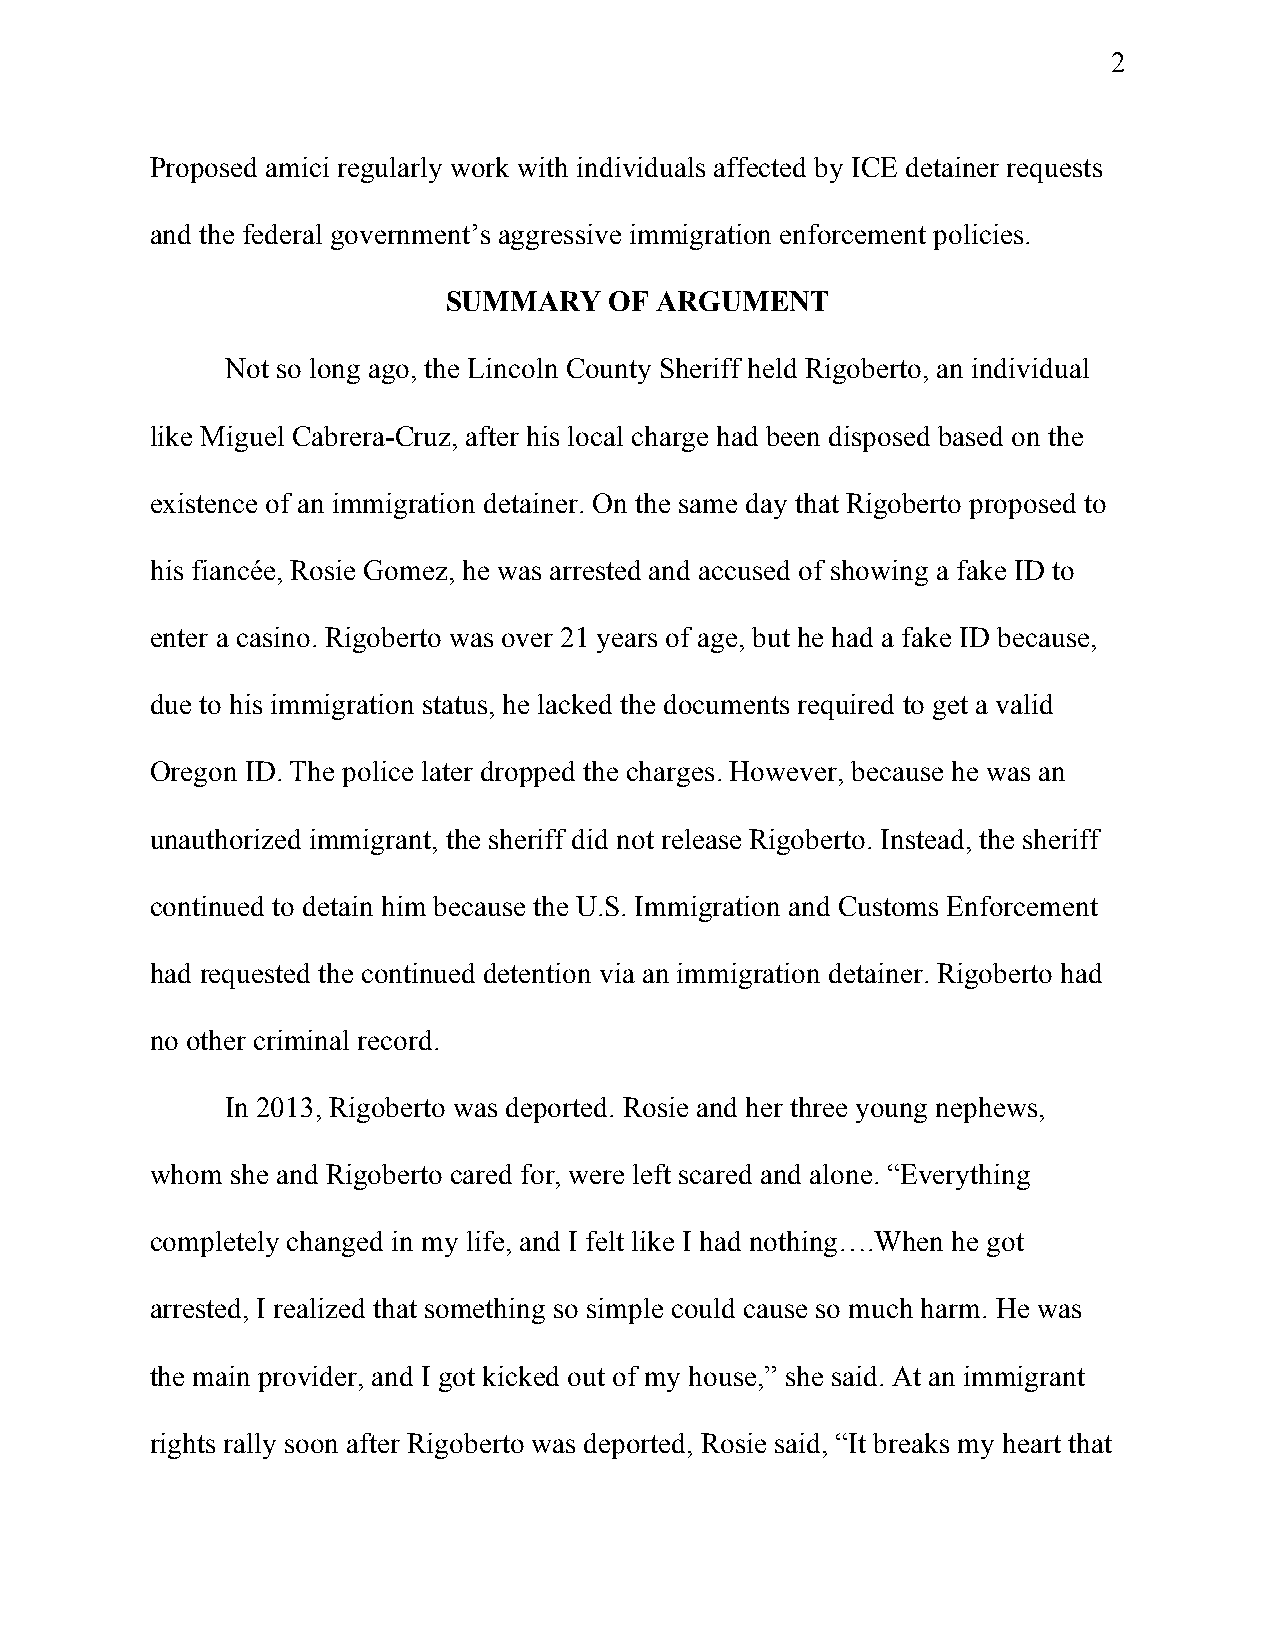
2
 Proposed amici regularly work with individuals affected by ICE detainer requests
 and the federal government’s aggressive immigration enforcement policies.
 SUMMARY   OF ARGUMENT
 Not so long ago, the Lincoln County Sheriff held Rigoberto, an individual
 like Miguel Cabrera-Cruz, after his local charge had been disposed based on the
 existence of an immigration detainer. On the same day that Rigoberto proposed to
 his fiancée, Rosie Gomez, he was arrested and accused of showing a fake ID to
 enter a casino. Rigoberto was over 21 years of age, but he had a fake ID because,
 due to his immigration status, he lacked the documents required to get a valid
 Oregon ID. The police later dropped the charges. However, because he was an
 unauthorized immigrant, the sheriff did not release Rigoberto. Instead, the sheriff
 continued to detain him because the U.S. Immigration and Customs Enforcement
 had requested the continued detention via an immigration detainer. Rigoberto had
 no other criminal record.
 In 2013, Rigoberto was deported. Rosie and her three young nephews,
 whom she and Rigoberto cared for, were left scared and alone. “Everything
 completely changed in my life, and I felt like I had nothing….When he got
 arrested, I realized that something so simple could cause so much harm. He was
 the main provider, and I got kicked out of my house,” she said. At an immigrant
 rights rally soon after Rigoberto was deported, Rosie said, “It breaks my heart that